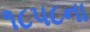
૧૮૫૮ના